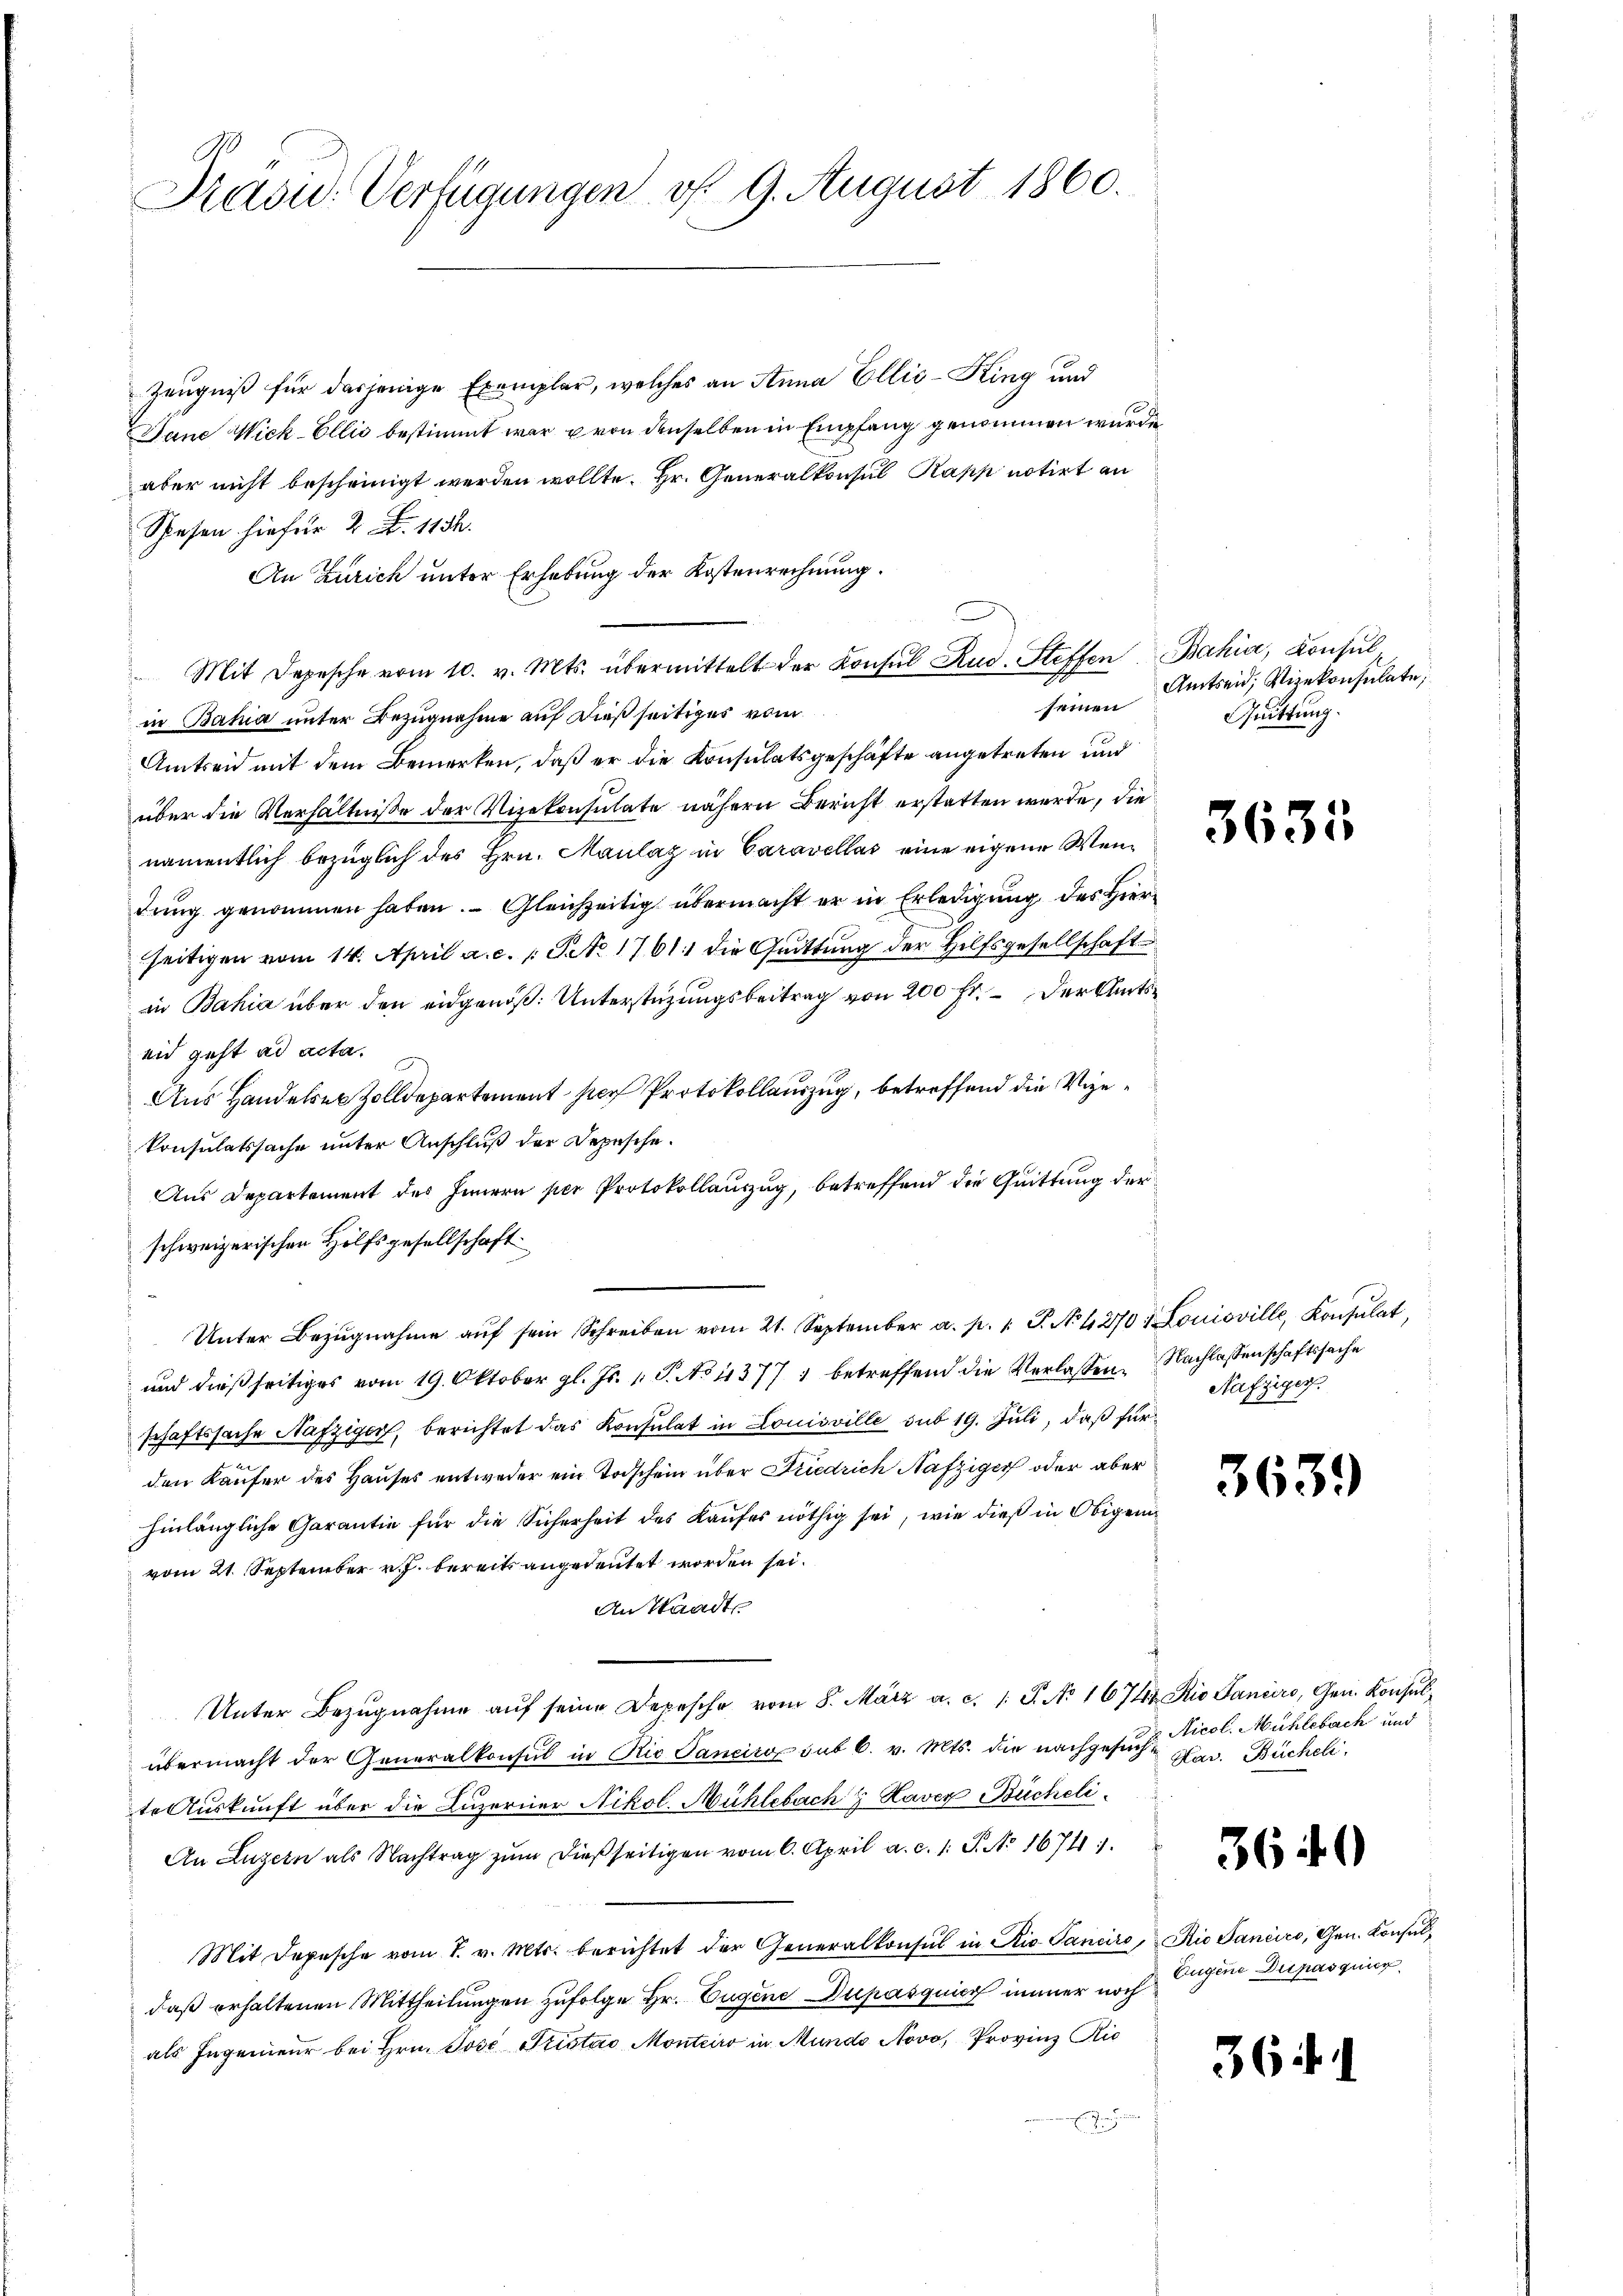
Präsid. Verfügungen v. 9. August 1860.

Zeugniß für dasjenige Exemplar, welches an Anna Ellić-King und
Jane Wick-Ellić bestimmt war von denselben in Empfang genommen wurde
aber nicht bescheinigt werden wollte. Hr. Generalkonsul Kapp notirt an
Spesen hiefür 2. d. 113.
An Zürich unter Erhebung der Kostenrechnung.
Mit Depesche vom 10. v. Mts. übermittelt der Konsul Rud. Steffen, Bahia, Consul
seinen
in Bahia unter Bezugnahme auf dießseitiges vom
Amtseid mit dem Bemerken, daß er die Konsulatsgeschäfte angetreten und
über die Verhältnisse der Vizekonsulate nähern Bericht erstatten wurde, die
namentlich bezüglich des Hrn. Maulaz in Caravellas eine eigene Weidung genommen haben. Gleichzeitig übermacht er in Erledigung des Hier
seitigen vom 14. April a. c. 1 S. 1761 die Quittung der Hilfsgesellschaft
in Bahia über den eidgenöß: Unterstüzungsbeitrag von 200 fr. der Amtseid geht ad acta.
Aus Handelser Zolldepartement per Protokollauszug, betreffend die Vizekonsulatssache unter Anschluß der Depesche.
Aus Departement des Innern per Protokollauszug, betreffend die Quittung der
schweizerischen Hilfsgesellschaft
Unter Bezŭgnahme aŭf sein Schreiben vom 21. September a. p. 1 S. No 4270 1 Louisville, Konsulat,
und dießseitiges vom 19. Oktober gl. Js. v. J. No 1377, betreffend die Verlassen. Nachlassenschaftssache
schaftssache Nafziger, berichtet das Konsulat in Louisville sub 19. Juli, daß für
den Käufer des Hauses entweder ein Todschein über Friedrich Näfziger oder aber
hinlängliche Garantie für die Sicherheit des Kaufes nöthig sei, wie dieß in Obigenvom 21. September v. J. bereits angedeutet worden sei.
An Staadt,
Unter Bezugnahme aŭf seine Depesche vom 8. März a. c. 1. J. No 1674 Rio Janeiro, Gen. Konsulübermacht der Generalkonsul in Rie Janeiro sub 6. v. Mts. die nachgesucht
te Auskunft über die Luzerner Nikol. Mühlebach & Haver Bücheli
An Luzern als Nachtrag zŭm dießseitigen vom 6. April a. c. 1 S. No. 1674
Mit Depesche vom 7. v. Mts. berichtet der Generalkonsul in Rio Cancire, Nie Janeiro, Gen. Konsuldaß erhaltenen Mittheilungen zufolge Hr. Eugene Dupasquier immer noch
als Ingenieur bei Hrn. Jose Pistav Montairo in Mundo Novo, Provinz Ric
E

Amtseid, Vizekonsulate,
Quittung.

3635

Näfziger.

3639

Nicol. Mühlebach und
Hav. Büchel

3640

Eugene Dupasquier

36 f. 1